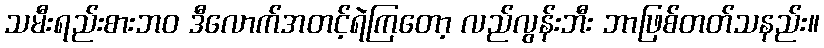
သမီးရည်းစားဘဝ ဒီလောက်အတင့်ရဲကြတော့ လည်လွန်းဘီး ဘာဖြစ်တတ်သနည်း။